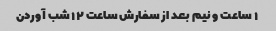
۱ ساعت و نیم بعد از سفارش ساعت ۱۲ شب آوردن